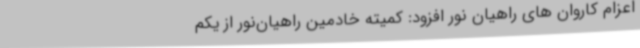
اعزام کاروان های راهیان نور افزود: کمیته خادمین راهیان‌نور از یکم